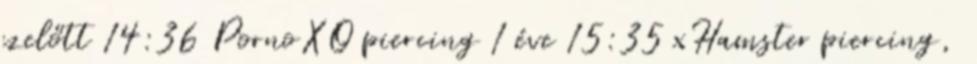
ezelőtt 14:36 PornoXO piercing 1 éve 15:35 xHamster piercing,